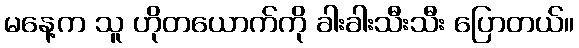
မနေ့က သူ ဟိုတယောက်ကို ခါးခါးသီးသီး ပြောတယ်။